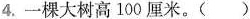
4.一棵大树高100厘米。()